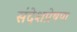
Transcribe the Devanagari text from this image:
संदेशप्रेषण